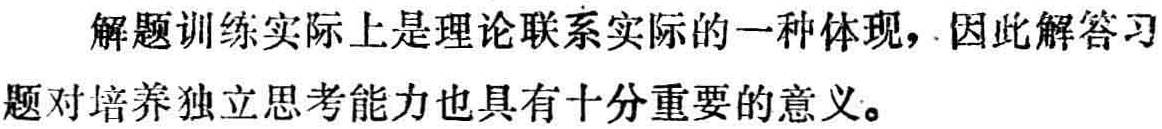
解题训练实际上是理论联系实际的一种体现，因此解答习题对培养独立思考能力也具有十分重要的意义。